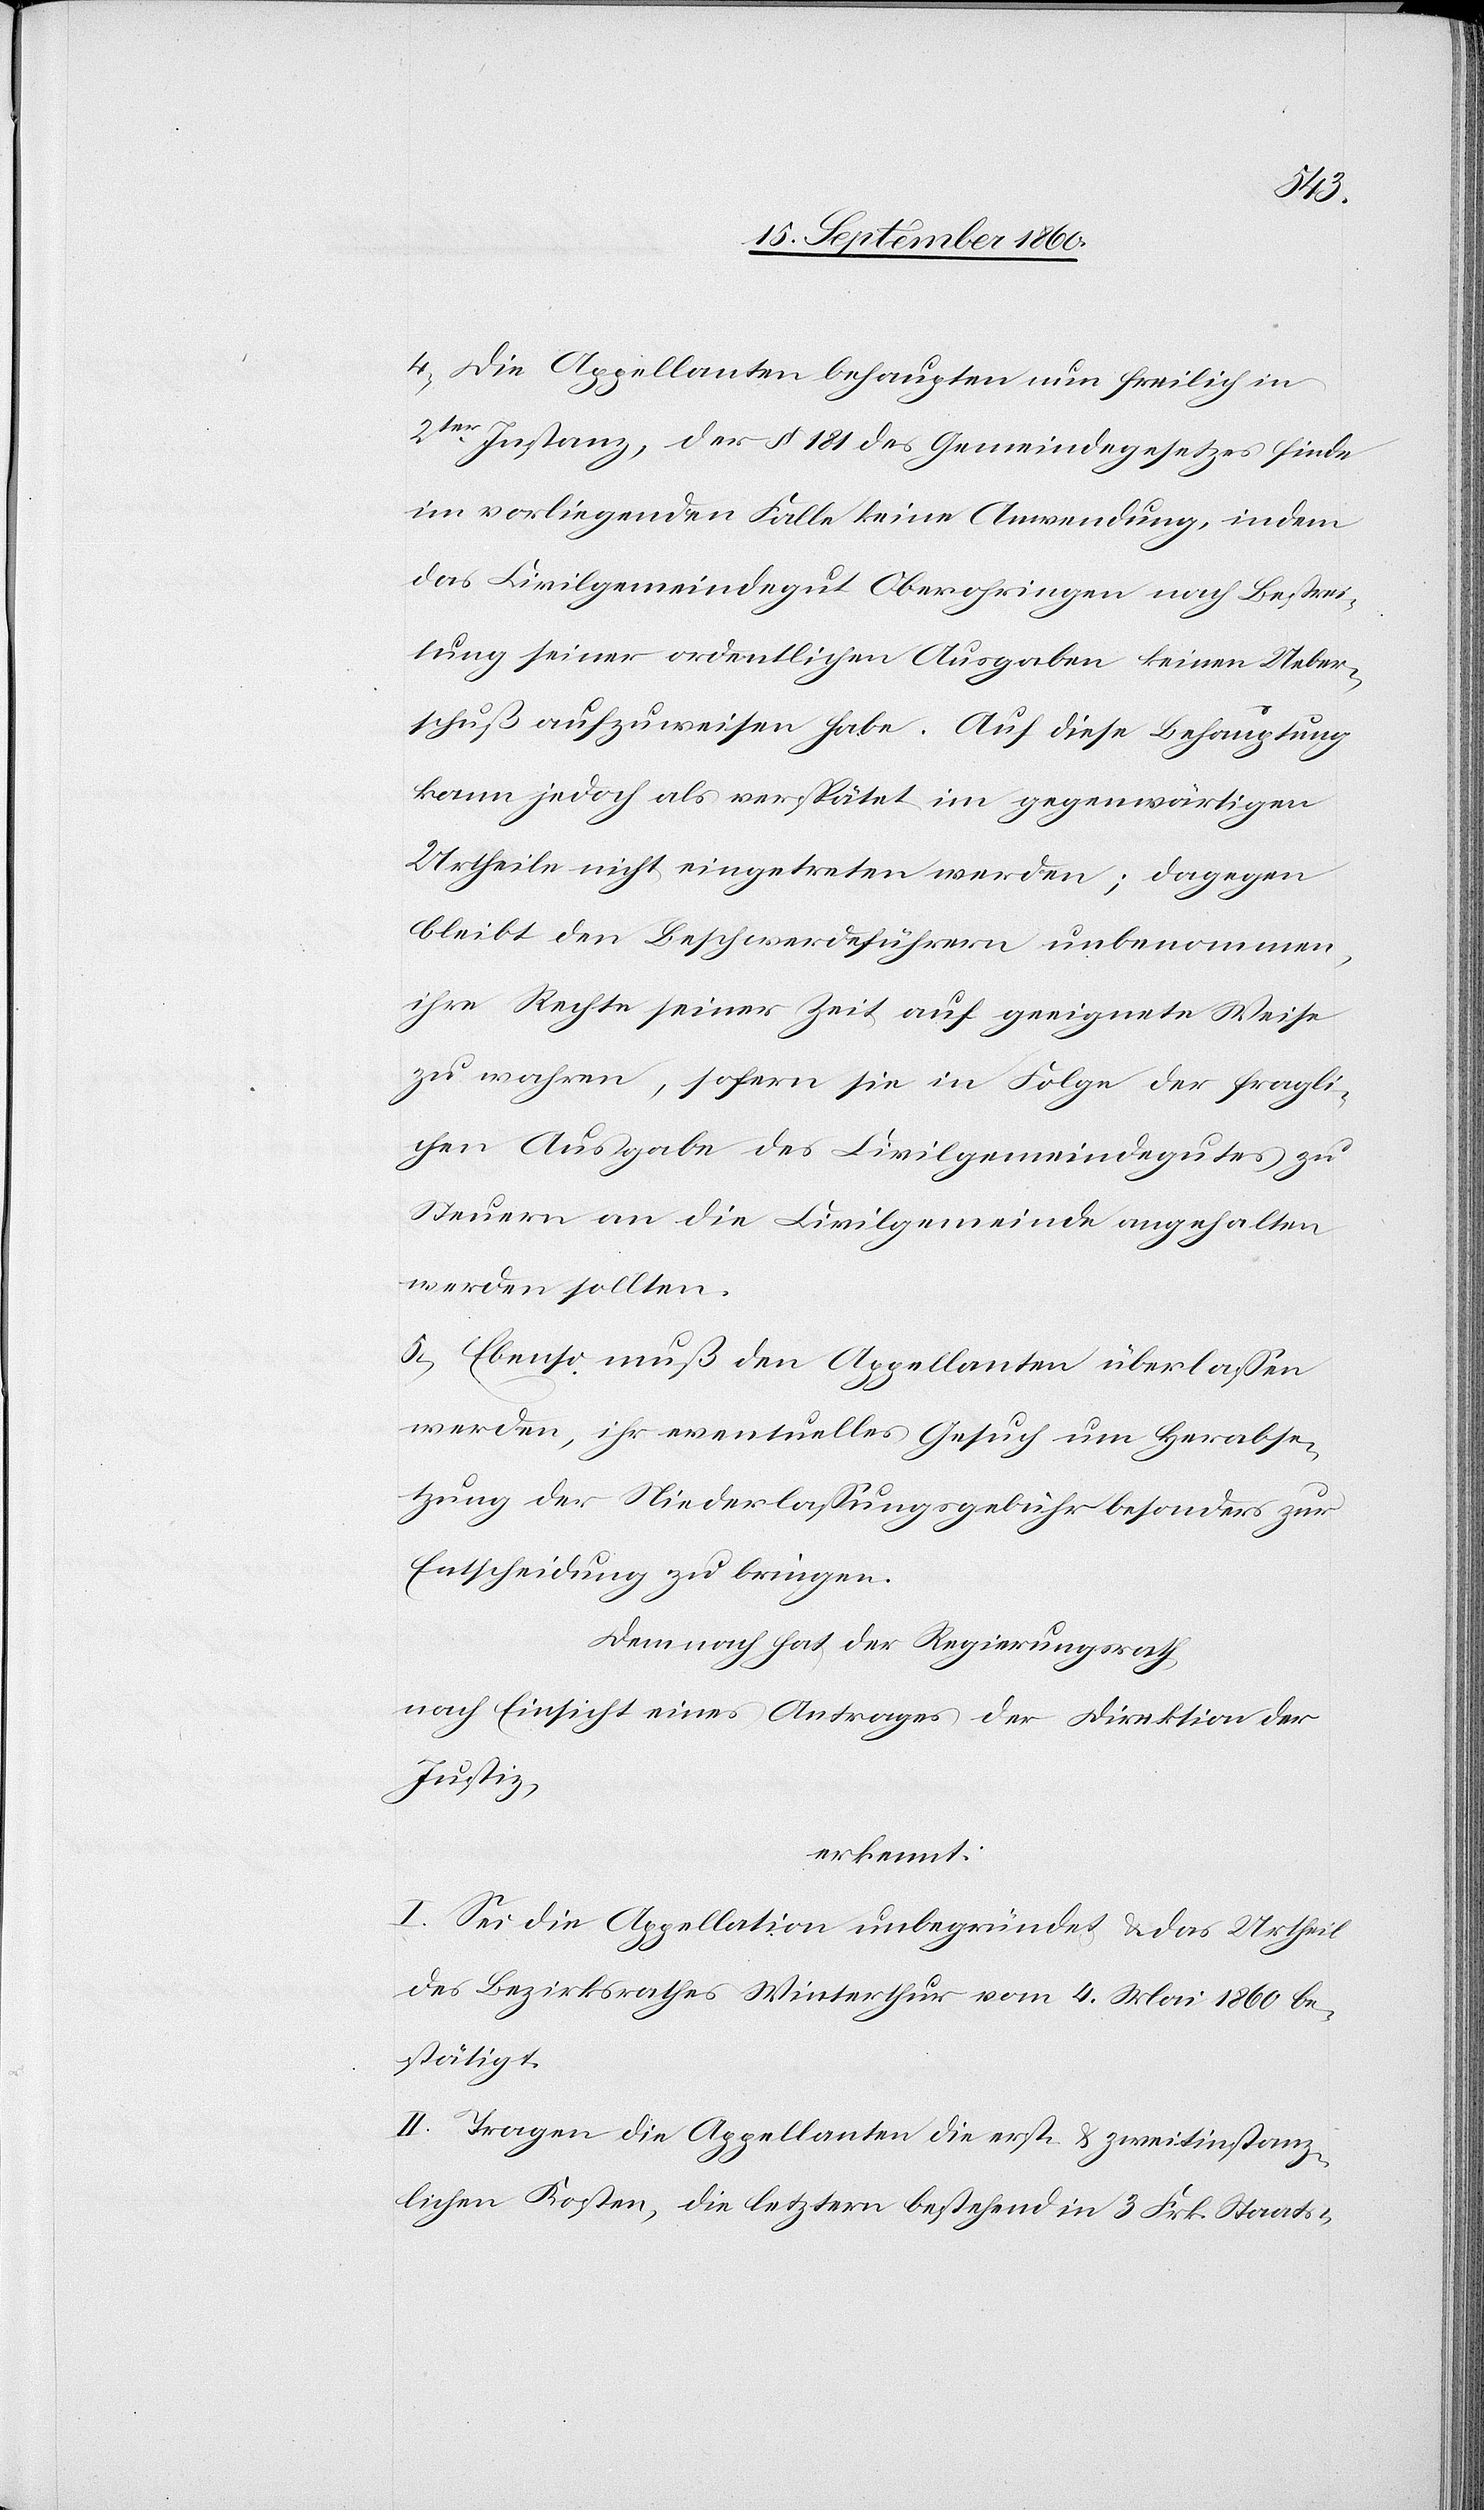
4) Die Appellanten behaupten nun freilich in
2ter Instanz, der §. 181 des Gemeindegesetzes finde
im vorliegenden Falle keine Anwendung, indem
das Civilgemeindegut Oberohringen nach Bestrei¬
tung seiner ordentlichen Ausgaben keinen Ueber¬
schuss aufzuweisen habe. Auf diese Behauptung
kann jedoch als verspätet im gegenwärtigen
Urheile nicht eingetreten werden; dagegen
bleibt den Beschwerdeführern unbenommen,
ihre Rechte seiner Zeit auf geeignete Weise
zu wahren, sofern sie in Folge der fragli¬
chen Ausgabe des Civilgemeindegutes zu
Steuern an die Civilgemeinde angehalten
werden sollten.
5) Ebenso muss den Appellanten überlassen
werden, ihr eventuelles Gesuch um Herabse¬
tzung der Niederlassungsgebühr besonders zur
Entscheidung zu bringen.
Demnach hat der Regierungsrath,
nach Einsicht eines Antrages der Direktion der
Justiz
erkennt:
I. Sei die Appellation unbegründet u. das Urtheil
des Bezirksrathes Winterthur vom 4. Mai 1860 be¬
stätigt.
II. Tragen die Appellanten die erst- u. zweitinstanz¬
lichen Kosten, die letztern bestehend in 3 fcs. Staats-